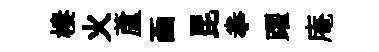
棲火蘆凾昆拳躍庵